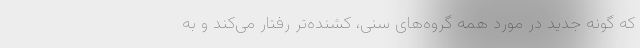
که گونه جدید در مورد همه گروه‌های سنی، کشنده‌تر رفتار می‌کند و به